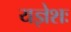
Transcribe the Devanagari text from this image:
यज्ञेशः